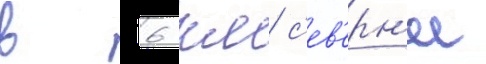
в 6 км с'ев'ерн'ее